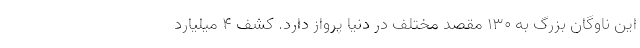
این ناوگان بزرگ به ۱۳۰ مقصد مختلف در دنیا پرواز دارد. کشف 4 میلیارد